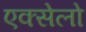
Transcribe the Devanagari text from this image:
एक्सेलो